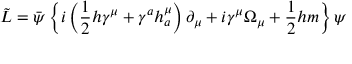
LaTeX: \tilde { L } = \bar { \psi } \left\{ i \left( \frac 1 2 h \gamma ^ { \mu } + \gamma ^ { a } h _ { a } ^ { \mu } \right) \partial _ { \mu } + i \gamma ^ { \mu } \Omega _ { \mu } + \frac 1 2 h m \right\} \psi